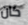
كان